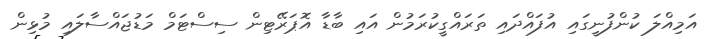
އަމިއްލަ ކުންފުނީގައި އުފައްދައި ތަރައްގީކުރަމުން އައި ބާޑާ އޮޕަރޭޓިން ސިސްޓަމް މަޑުޖައްސާލައި މުޅިން